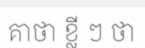
គាថា ខ្លី ៗ ថា